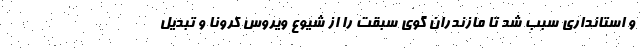
و استانداری سبب شد تا مازندران گوی سبقت را از شیوع ویروس کرونا و تبدیل